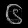
Digit: ၆